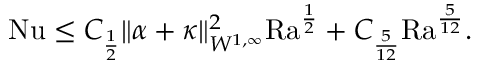
\begin{array} { r } { \mathrm { { N u } } \leq C _ { \frac { 1 } { 2 } } \| \alpha + \kappa \| _ { W ^ { 1 , \infty } } ^ { 2 } \mathrm { { R a } } ^ { \frac { 1 } { 2 } } + C _ { \frac { 5 } { 1 2 } } \mathrm { { R a } } ^ { \frac { 5 } { 1 2 } } . } \end{array}